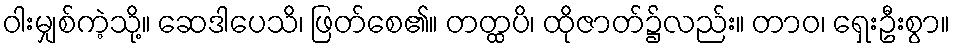
ဝါးမျှစ်ကဲ့သို့။ ဆေဒါပေသိ၊ ဖြတ်စေ၏။ တတ္ထပိ၊ ထိုဇာတ်၌လည်း။ တာဝ၊ ရှေးဦးစွာ။